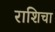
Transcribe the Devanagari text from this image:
राशिचा